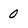
Character: 0